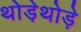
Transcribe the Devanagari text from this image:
थोडे़थोड़े